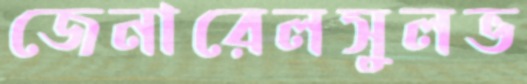
জেনারেলসুলভ